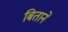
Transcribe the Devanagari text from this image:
बिताने